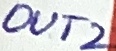
Text: OUT2